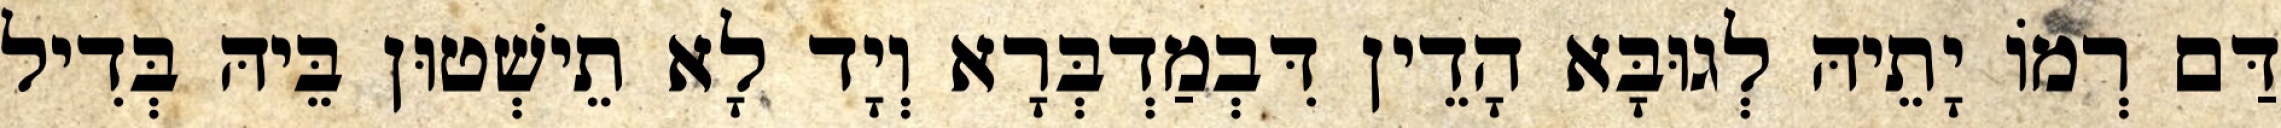
דַּם רְמוֹ יָתֵיהּ לְגוּבָּא הָדֵין דִּבְמַדְבְּרָא וְיָד לָא תֵישְׁטוּן בֵּיהּ בְּדִיל